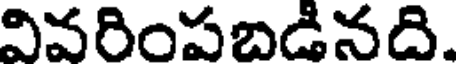
వివరింపబడినది.